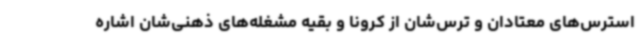
استرس‌های معتادان و ترس‌شان از کرونا و بقیه مشغله‌های ذهنی‌شان اشاره